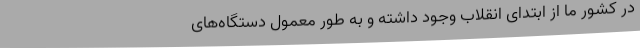
در کشور ما از ابتدای انقلاب وجود داشته و به طور معمول دستگاه‌های